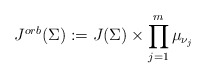
\begin{align*}J^{orb}(\Sigma):= J(\Sigma) \times \prod_{j=1}^m \mu_{\nu_j} \end{align*}